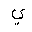
Letter: _ya